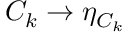
{ \cal { C } } _ { k } \to \eta _ { { \cal { C } } _ { k } }